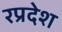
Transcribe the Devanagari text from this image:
रप्रदेश